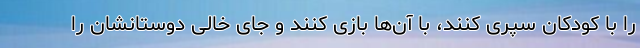
را با کودکان سپری کنند، با آن‌ها بازی کنند و جای خالی دوستانشان را